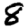
Digit: 8